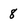
Character: 8